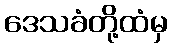
ဒေသခံတို့ထံမှ